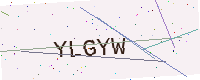
Text: YLGYW